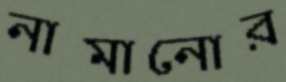
নামানোর